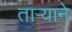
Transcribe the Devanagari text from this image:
तार्‍याने